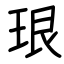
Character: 珢